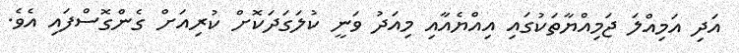
އަދި އަމިއްލަ ޖަމިއްޔާތަކުގައި އިއްޔެއާއި މިއަދު ވަނީ ކުލަގަދަކޮށް ކުރިއަށް ގެންގޮސްފައި އެވެ.